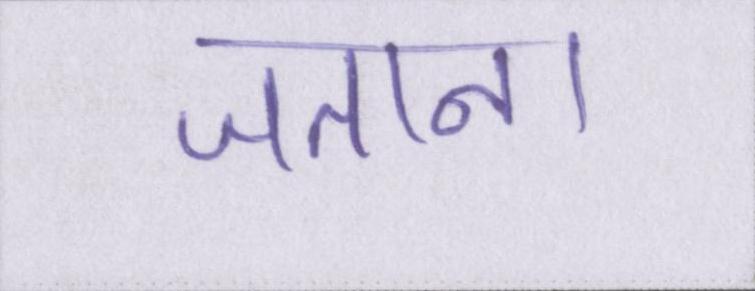
जताना